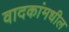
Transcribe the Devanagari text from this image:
वादकांमधील